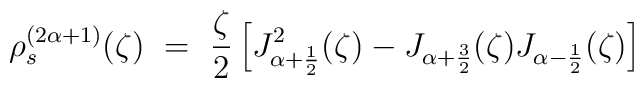
\rho_s^{(2\alpha+1)}(\zeta) ~=~ \frac{\zeta}{2} \left[ J_{\alpha+\frac{1}{2}}^2(\zeta) - J_{\alpha+\frac{3}{2}}(\zeta) J_{\alpha-\frac{1}{2}}(\zeta) \right]